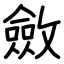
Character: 斂